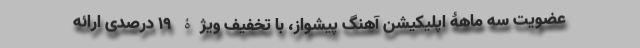
عضویت سه ماهۀ اپلیکیشن آهنگ پیشواز، با تخفیف ویژۀ ۱۹ درصدی ارائه